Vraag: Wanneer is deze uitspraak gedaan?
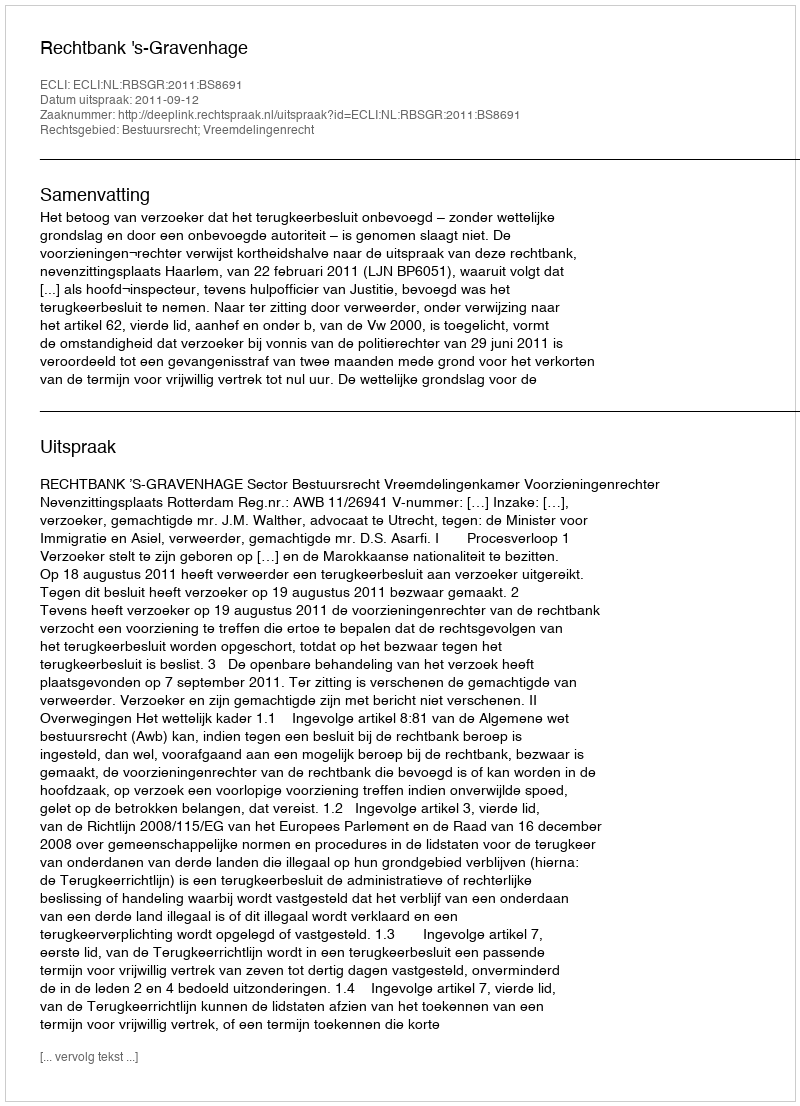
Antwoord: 2011-09-12